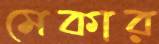
মেকার